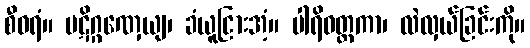
စီဝရံ။ ပဋိဂ္ဂဏှေယျ၊ ခံယူငြားအံ့။ ပါရိဝတ္တကာ၊ လဲလှယ်ခြင်းကို။